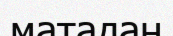
матадан